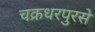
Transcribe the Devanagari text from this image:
चक्रधरपुरसे